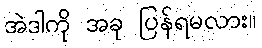
အဲဒါကို အခု ပြန်ရမလား။